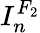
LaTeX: I_{n}^{F_{2}}